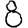
Digit: 8